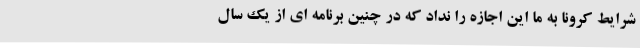
شرایط کرونا به ما این اجازه را نداد که در چنین برنامه ای از یک سال